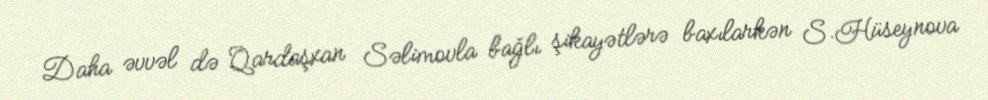
Daha əvvəl də Qardaşxan Səlimovla bağlı şikayətlərə baxılarkən S.Hüseynova